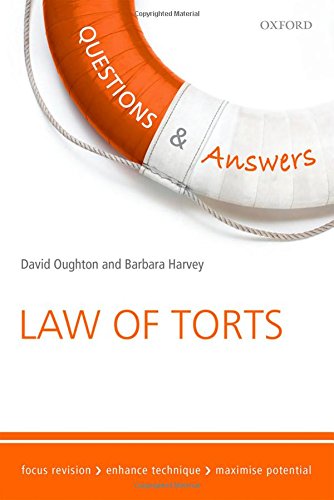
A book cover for Q&A Revision Guide Law of Torts 2015 and 2016 (Law Questions & Answers); David Oughton; Law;